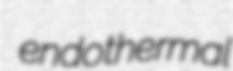
endothermal